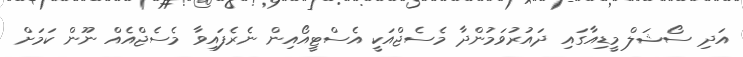
އަދި ސޯޝަލް މީޑިއާގައި ދައުރުވަމުންދާ މެސެޖްއަކީ އެސްޓީއޯއިން ނެރެފައިވާ މެސެޖްއެއް ނޫން ކަމަށް